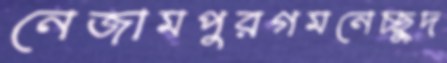
নেজামপুরগমনেচ্ছুদ